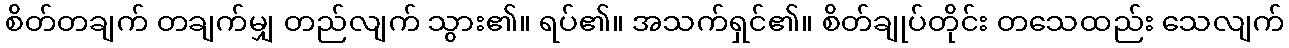
စိတ်တချက် တချက်မျှ တည်လျက် သွား၏။ ရပ်၏။ အသက်ရှင်၏။ စိတ်ချုပ်တိုင်း တသေထည်း သေလျက်